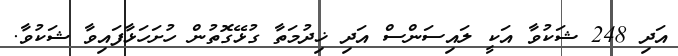
އަދި 248 ޝަކުވާ އަކީ ލައިސަންސް އަދި ޚިދުމަތާ ގުޅޭގޮތުން ހުށަހަޅާފައިވާ ޝަކުވާ.